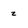
Character: z